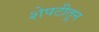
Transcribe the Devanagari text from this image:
शेपटीतून